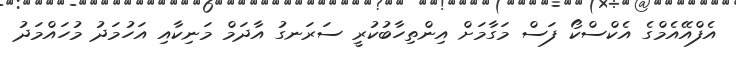
އެފްއޭއެމްގެ އެކްސްކޯ ފަސް މަގާމަށް އިންތިހާބުކުރީ ސަރަނގު އާދަމް މަނިކާއި އަހުމަދު މުހައްމަދު